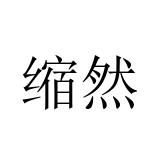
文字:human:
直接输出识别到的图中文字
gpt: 缩然